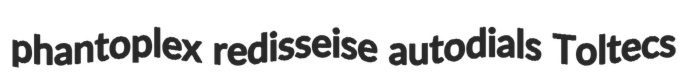
phantoplex redisseise autodials Toltecs